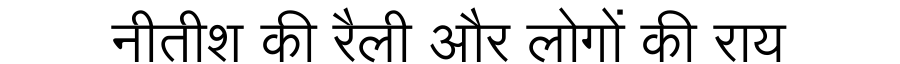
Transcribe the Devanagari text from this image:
नीतीश की रैली और लोगों की राय